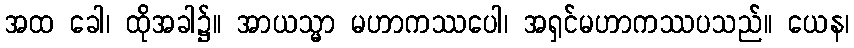
အထ ခေါ၊ ထိုအခါ၌။ အာယသ္မာ မဟာကဿပေါ၊ အရှင်မဟာကဿပသည်။ ယေန၊